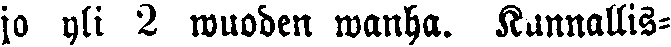
jo yli 2 wuoden wanha. Kunnallis-